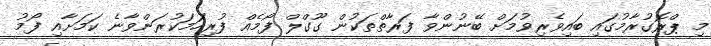
މި ޕްރޮގުރާމުގައި ބައިވެރިވުމަށް ބޭނުންވާ ފަރާތްތަކުން ގޫގްލް ފޯމެއް ފުރިހަމަކުރަންވާނެ ކަމަށާއި ފޯމު